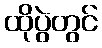
ထိုပွဲတွင်